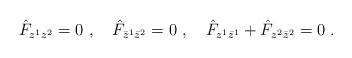
LaTeX: \begin{align*} \hat{{F}}_{z^1z^2}=0\ ,\quad \hat{{F}}_{\bar{z}^1\bar{z}^2}=0\ ,\quad \hat{{F}}_{z^1\bar{z}^1}+\hat{{F}}_{z^2\bar{z}^2}=0\ .\end{align*}